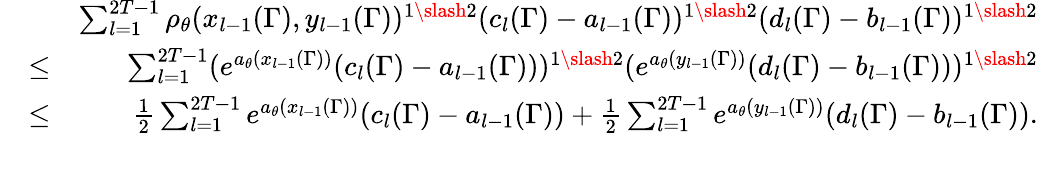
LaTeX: \begin{array}{rlr}&{}&{\sum_{l=1}^{2T-1}\rho_{\theta}(x_{l-1}(\Gamma),y_{l-1}(\Gamma))^{1\slash 2}(c_{l}(\Gamma)-a_{l-1}(\Gamma))^{1\slash 2}(d_{l}(\Gamma)-b_{l-1}(\Gamma))^{1\slash 2}}\\ &{\leq}&{\sum_{l=1}^{2T-1}(e^{a_{\theta}(x_{l-1}(\Gamma))}(c_{l}(\Gamma)-a_{l-1}(\Gamma)))^{1\slash 2}(e^{a_{\theta}(y_{l-1}(\Gamma))}(d_{l}(\Gamma)-b_{l-1}(\Gamma)))^{1\slash 2}}\\ &{\leq}&{\frac{1}{2}\sum_{l=1}^{2T-1}e^{a_{\theta}(x_{l-1}(\Gamma))}(c_{l}(\Gamma)-a_{l-1}(\Gamma))+\frac{1}{2}\sum_{l=1}^{2T-1}e^{a_{\theta}(y_{l-1}(\Gamma))}(d_{l}(\Gamma)-b_{l-1}(\Gamma)).}\\ &{}&\end{array}